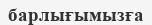
барлығымызға